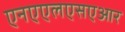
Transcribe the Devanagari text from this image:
एनएएलएसएआर